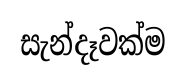
සැන්දෑවක්ම